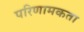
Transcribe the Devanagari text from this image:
परिणामकता